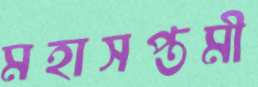
মহাসপ্তমী